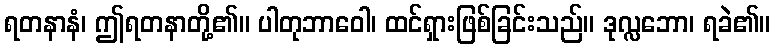
ရတနာနံ၊ ဤရတနာတို့၏။ ပါတုဘာဝေါ၊ ထင်ရှားဖြစ်ခြင်းသည်။ ဒုလ္လဘော၊ ရခဲ၏။